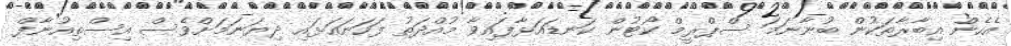
އެހެން އިބާރާތަކުން ބުނާނަމަ ސްޕްރީމް ކޯޓުން ކަނޑައަޅާފައިވާ މުއްދަތު ފަހަނައަޅައި ދިޔަނަމަށްވެސް އިސްތިއުނާފް